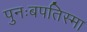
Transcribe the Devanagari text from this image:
पुनःबपतिस्मा